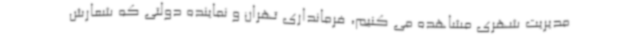
مدیریت شهری مشاهده می کنیم، فرمانداری تهران و نماینده دولتی که شعارش